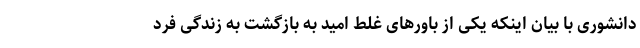
دانشوری با بیان اینکه یکی از باورهای غلط امید به بازگشت به زندگی فرد